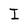
Character: I